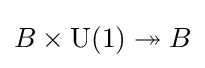
B\times \operatorname {U} (1)\twoheadrightarrow B